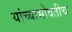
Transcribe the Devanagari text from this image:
यांच्याभोवतीच